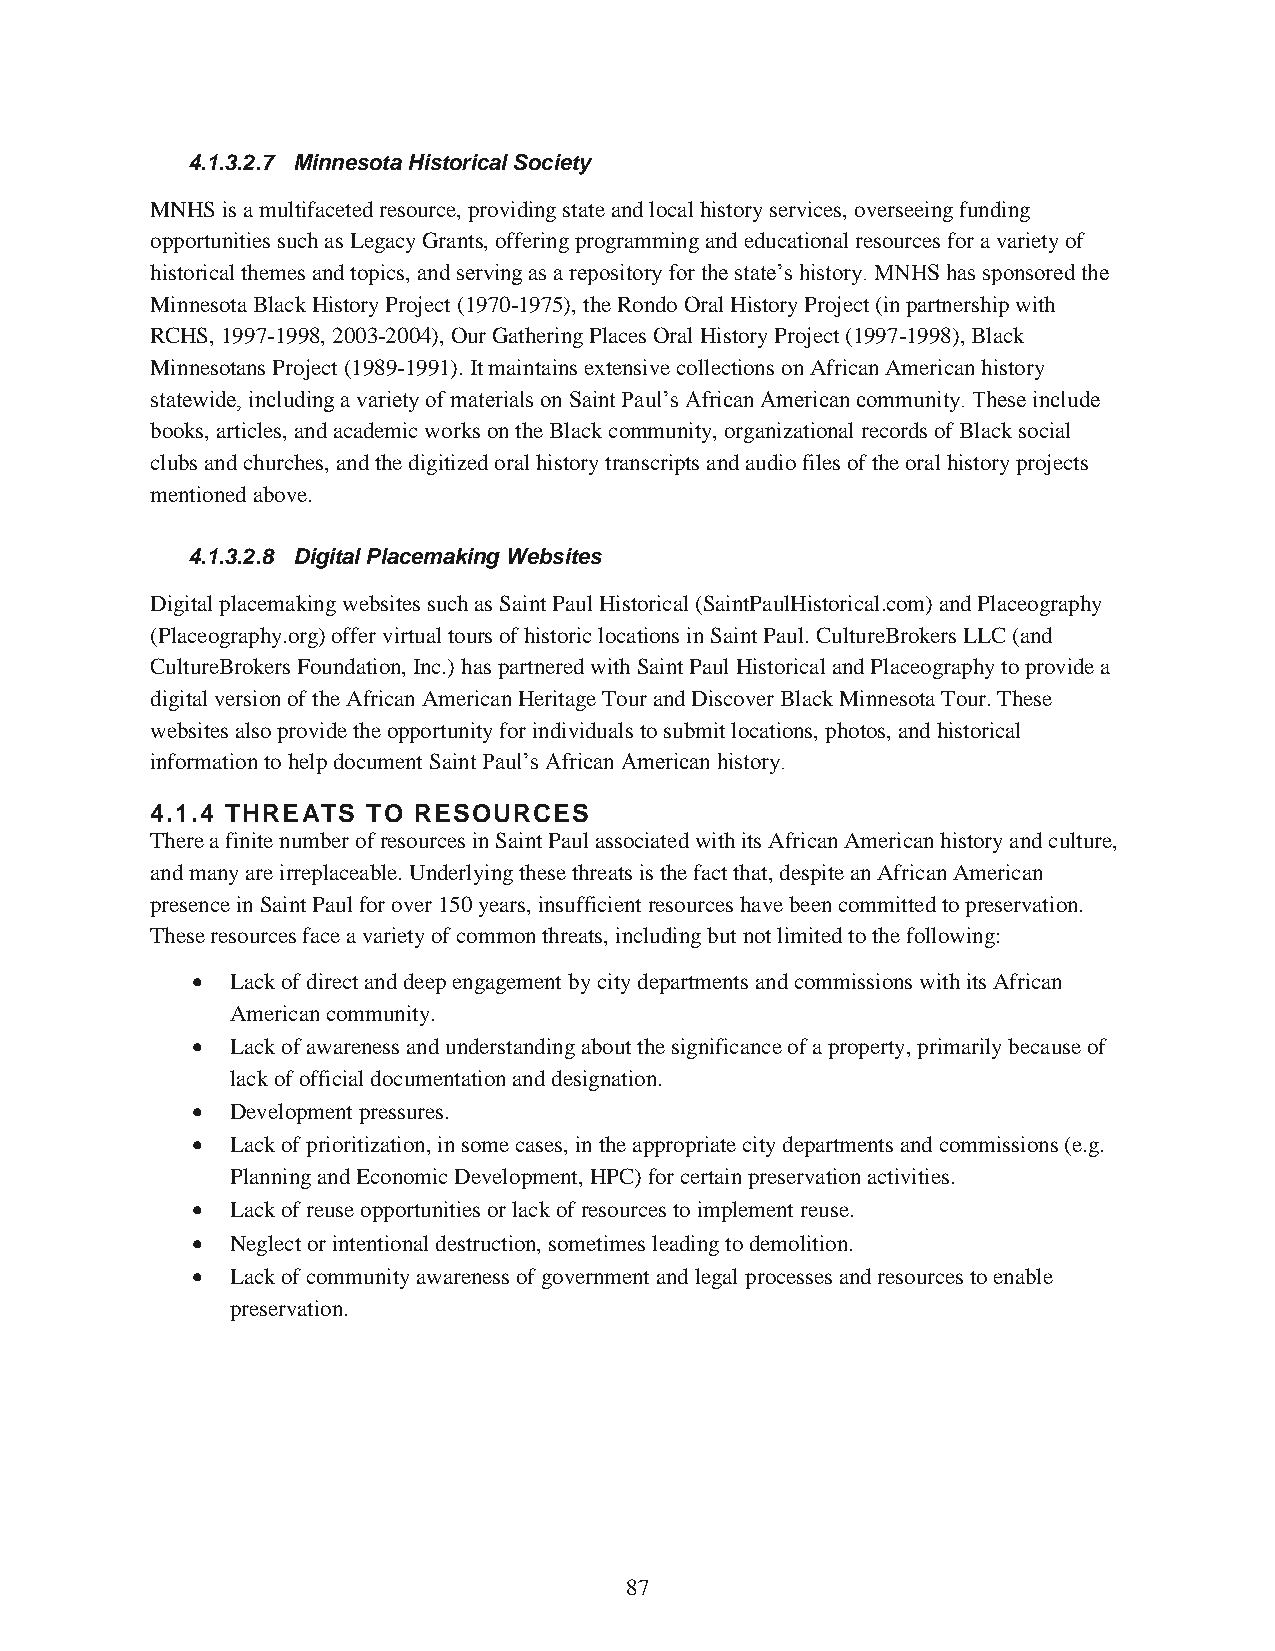
4.1.3.2.7 Minnesota Historical Society
 MNHS is a multifaceted resource, providing state and local history services, overseeing funding
 opportunities such as Legacy Grants, offering programming and educational resources for a variety of
 historical themes and topics, and serving as a repository for the state’s history. MNHS has sponsored the
 Minnesota Black History Project (1970-1975), the Rondo Oral History Project (in partnership with
 RCHS, 1997-1998, 2003-2004), Our Gathering Places Oral History Project (1997-1998), Black
 Minnesotans Project (1989-1991). It maintains extensive collections on African American history
 statewide, including a variety of materials on Saint Paul’s African American community. These include
 books, articles, and academic works on the Black community, organizational records of Black social
 clubs and churches, and the digitized oral history transcripts and audio files of the oral history projects
 mentioned above.
 4.1.3.2.8 Digital Placemaking Websites
 Digital placemaking websites such as Saint Paul Historical (SaintPaulHistorical.com) and Placeography
 (Placeography.org) offer virtual tours of historic locations in Saint Paul. CultureBrokers LLC (and
 CultureBrokers Foundation, Inc.) has partnered with Saint Paul Historical and Placeography to provide a
 digital version of the African American Heritage Tour and Discover Black Minnesota Tour. These
 websites also provide the opportunity for individuals to submit locations, photos, and historical
 information to help document Saint Paul’s African American history.
 4.1.4 THREATS TO RESOURCES
 There a finite number of resources in Saint Paul associated with its African American history and culture,
 and many are irreplaceable. Underlying these threats is the fact that, despite an African American
 presence in Saint Paul for over 150 years, insufficient resources have been committed to preservation.
 These resources face a variety of common threats, including but not limited to the following:
  Lack of direct and deep engagement by city departments and commissions with its African
 American community.
  Lack of awareness and understanding about the significance of a property, primarily because of
 lack of official documentation and designation.
  Development pressures.
  Lack of prioritization, in some cases, in the appropriate city departments and commissions (e.g.
 Planning and Economic Development, HPC) for certain preservation activities.
  Lack of reuse opportunities or lack of resources to implement reuse.
  Neglect or intentional destruction, sometimes leading to demolition.
  Lack of community awareness of government and legal processes and resources to enable
 preservation.
 87